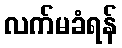
လက်မခံရန်